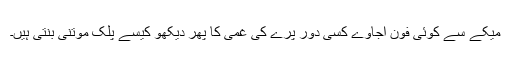
میکے سے کوئی فون آجاوے کسی دور پرے کی غمی کا پھر دیکھو کیسے پلک موتنی بنتی ہیں۔